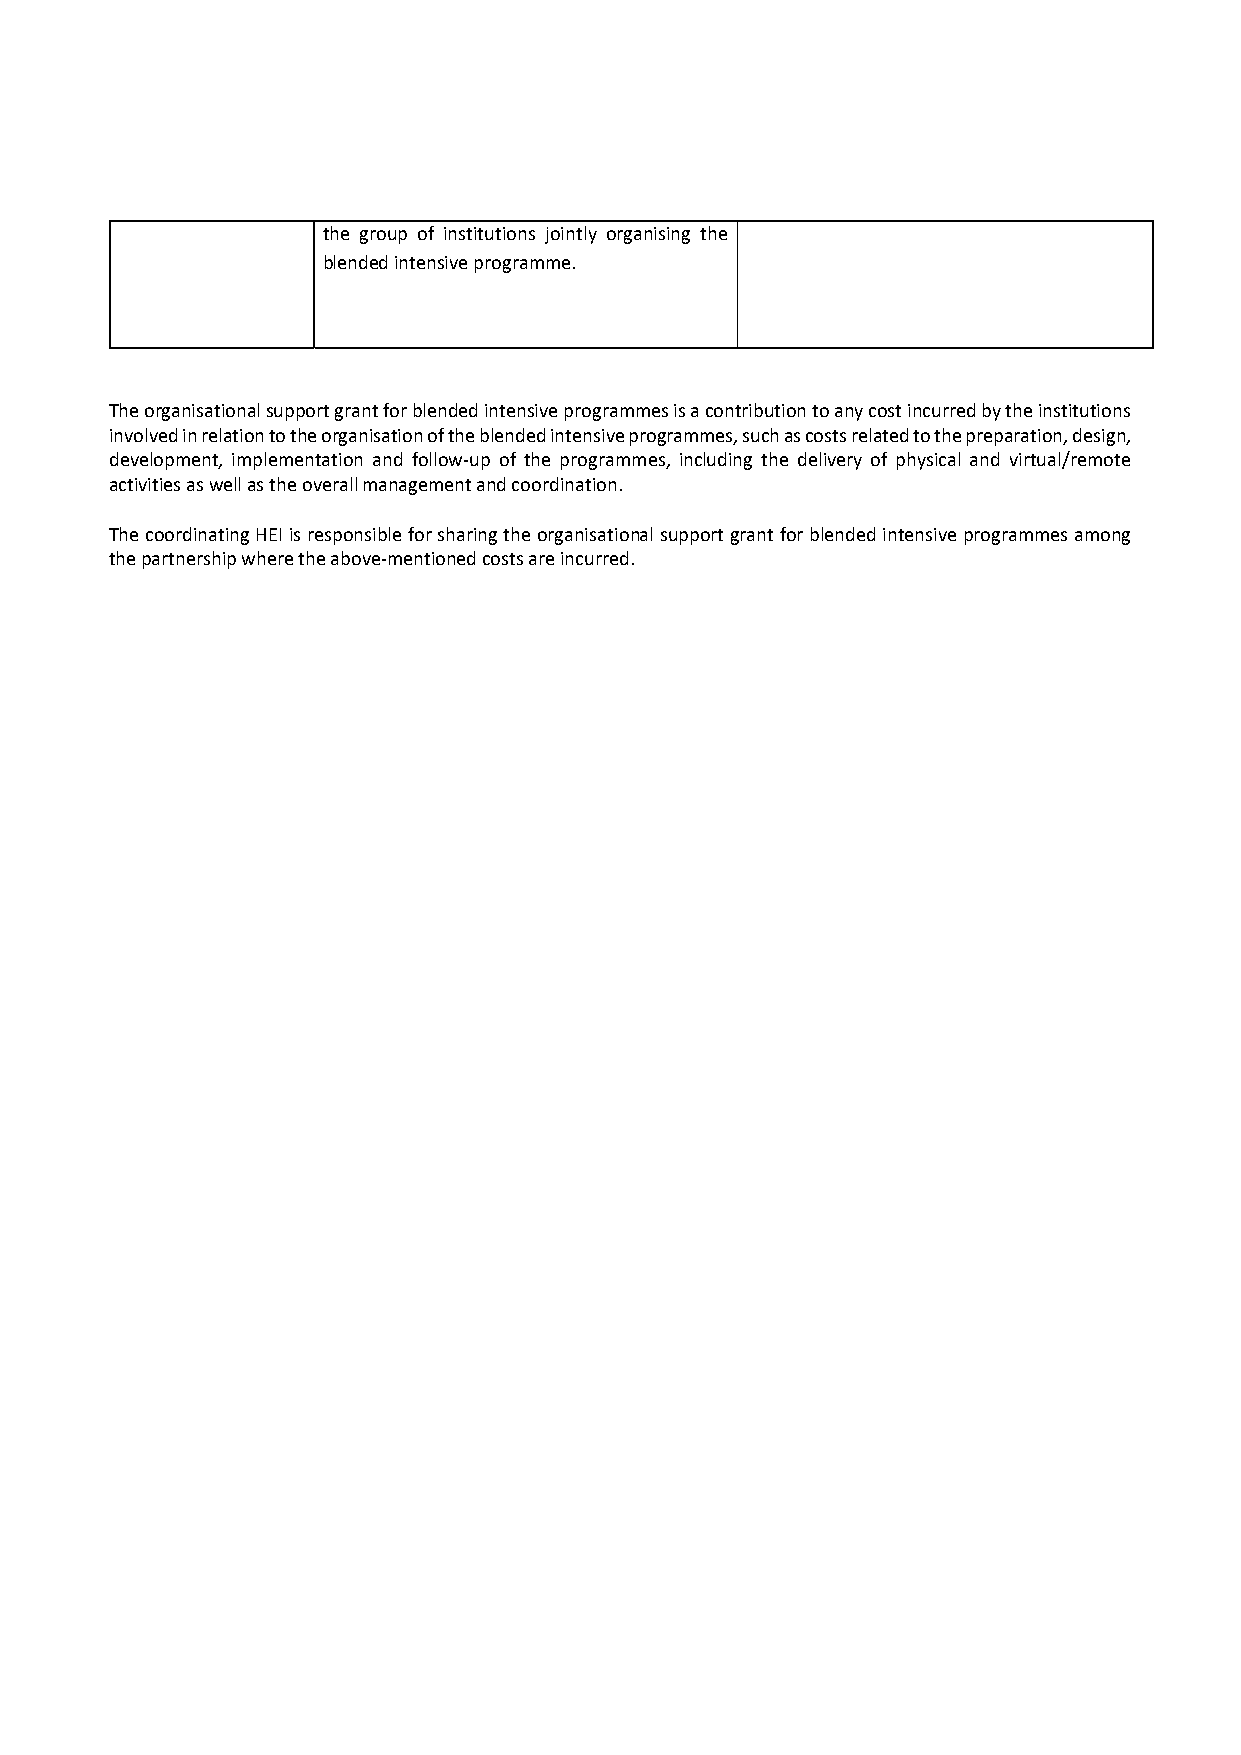
the group of institutions jointly organising the
 blended intensive programme.
 The organisational support grant for blended intensive programmes is a contribution to any cost incurred by the institutions
 involved in relation to the organisation of the blended intensive programmes, such as costs related to the preparation, design,
 development, implementation and follow‐up of the programmes, including the delivery of physical and virtual/remote
 activities as well as the overall management and coordination.
 The coordinating HEI is responsible for sharing the organisational support grant for blended intensive programmes among
 the partnership where the above‐mentioned costs are incurred.